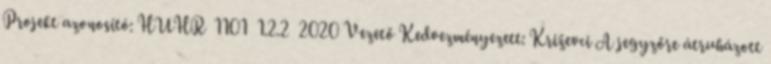
Projekt azonosító: HUHR 1101 1.2.2 2020 Vezető Kedvezményezett: Križevci A jegyzőre átruházott